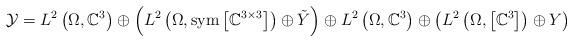
LaTeX: \begin{align*}\mathcal{Y}=L^{2}\left(\Omega,\mathbb{C}^{3}\right)\oplus\left(L^{2}\left(\Omega,\mathrm{sym}\left[\mathbb{C}^{3\times3}\right]\right)\oplus\tilde{Y}\right)\oplus L^{2}\left(\Omega,\mathbb{C}^{3}\right)\oplus\left(L^{2}\left(\Omega,\left[\mathbb{C}^{3}\right]\right)\oplus Y\right)\end{align*}